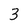
Character: 3